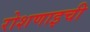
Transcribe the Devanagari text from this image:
रोशणाइची